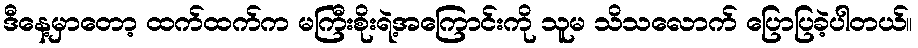
ဒီနေ့မှာတော့ ထက်ထက်က မကြီးစိုးရဲ့အကြောင်းကို သူမ သိသလောက် ပြောပြခဲ့ပါတယ်။